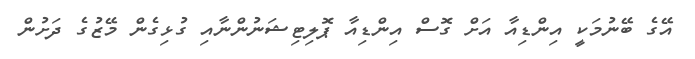
އޭގެ ބޭނުމަކީ އިންޑިއާ އަށް ގޮސް އިންޑިއާ ޕޮލިޓިޝަނުންނާއި ގުޅިގެން މޭޒުގެ ދަށުން